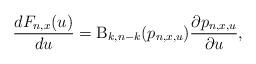
LaTeX: \begin{align*}\frac{dF_{n,x}(u)}{du} = \mathrm{B}_{k,n-k}(p_{n,x,u})\frac{\partial p_{n,x,u}}{\partial u},\end{align*}